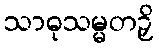
သာဓုသမ္မတဉှိ